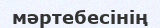
мәртебесінің